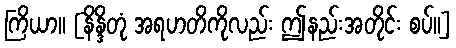
ကြိယာ။ [နိန္ဒိတုံ အရဟတိကိုလည်း ဤနည်းအတိုင်း စပ်။]